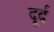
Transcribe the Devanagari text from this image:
दूर्द